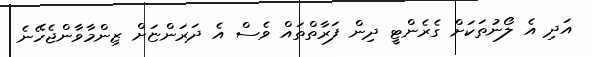
އަދި އެ ލޯނުތަކަށް ގެރެންޓީ ދިން ފަރާތްތައް ވެސް އެ ދަރަންޏަށް ޒިންމާވާންޖެހޭނެ